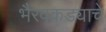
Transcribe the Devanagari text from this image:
भैरवकड्याचे